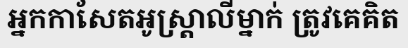
អ្នកកាសែតអូស្ត្រាលីម្នាក់ ត្រូវគេគិត